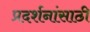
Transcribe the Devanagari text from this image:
प्रदर्शनांसाठी